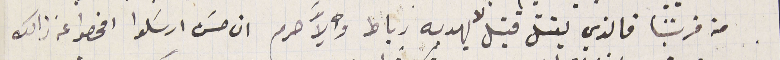
من قريتنا فالذي يقتل قتيل لا يهديه رباط والاَّ حرم ان حسَن ارسَلوا افحصوا عن ذالك